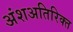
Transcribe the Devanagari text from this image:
अंशअतिरिक्त